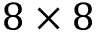
8 \times 8